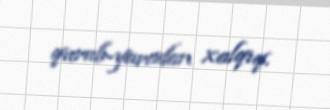
qurub-yaradan xalqıq.